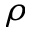
\rho